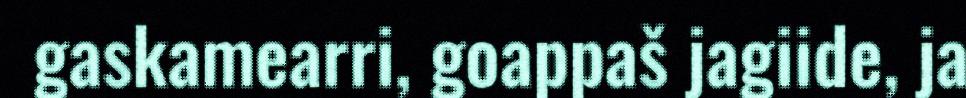
gaskamearri, goappaš jagiide, ja